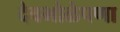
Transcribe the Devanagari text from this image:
देवभोळेपणा